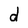
Character: d